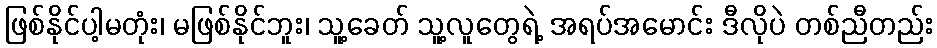
ဖြစ်နိုင်ပါ့မတုံး၊ မဖြစ်နိုင်ဘူး၊ သူ့ခေတ် သူ့လူတွေရဲ့ အရပ်အမောင်း ဒီလိုပဲ တစ်ညီတည်း